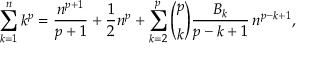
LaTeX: \sum _ { k = 1 } ^ { n } k ^ { p } = { \frac { n ^ { p + 1 } } { p + 1 } } + { \frac { 1 } { 2 } } n ^ { p } + \sum _ { k = 2 } ^ { p } { \binom { p } { k } } { \frac { B _ { k } } { p - k + 1 } } \, n ^ { p - k + 1 } ,